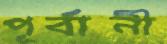
পূর্বানী